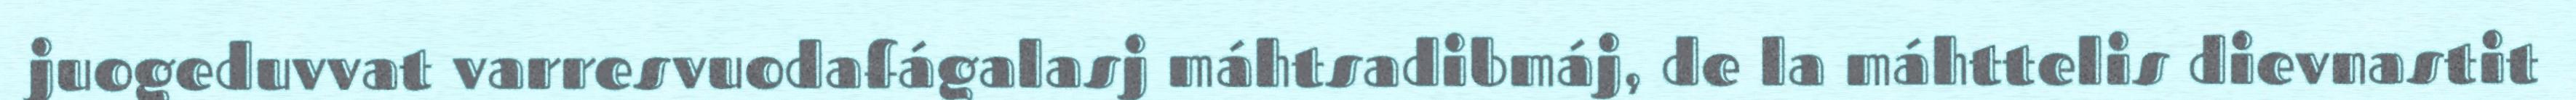
juogeduvvat varresvuodafágalasj máhtsadibmáj, de la máhttelis dievnastit